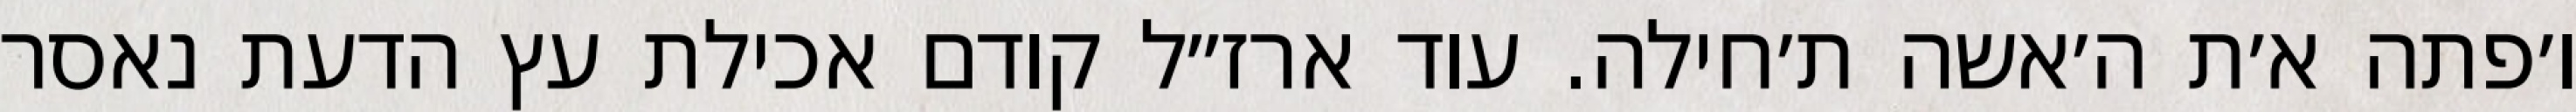
ו׳פתה א׳ת ה׳אשה ת׳חילה. עוד ארז״ל קודם אכילת עץ הדעת נאסר